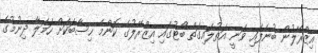
އިޒްރޭލުން ބުނެފައި ވަނީ އަތުލައިގަތް ބޯޓުގައި އިޒްރޭލުގެ ކޮންމެ ހިސާބަކަށް ހަމަލާ ދިނުމުގެ